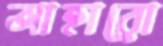
আহারো